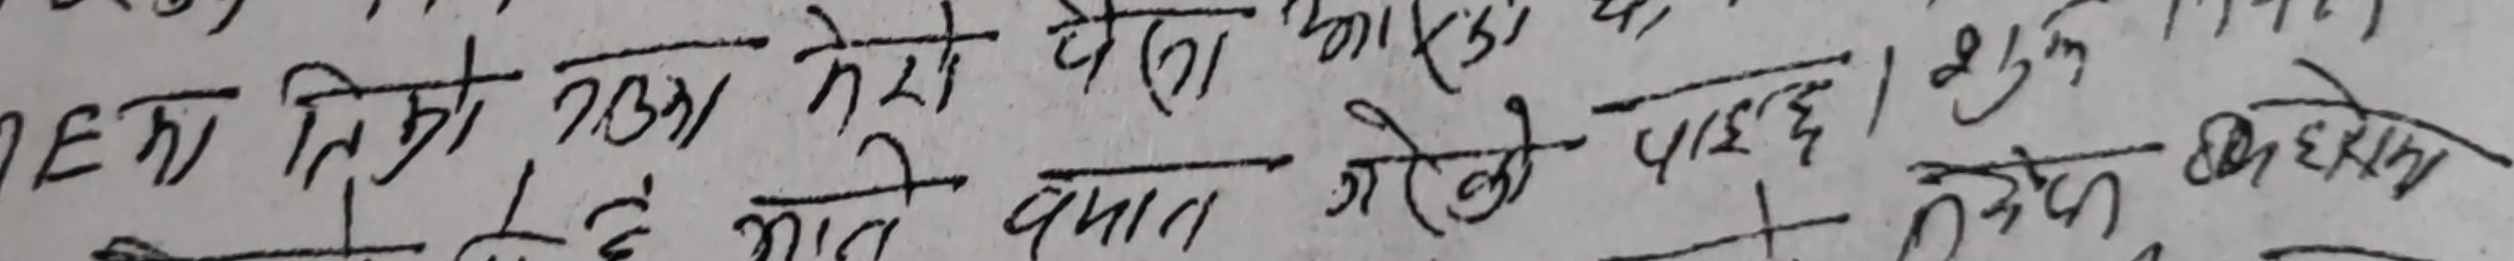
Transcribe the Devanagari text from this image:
मका त्रिको जसा मेरा पेला आएका
तिमीलाई मैले वयान गरेको पाएछ । शुलुकी सकेको देखिन